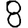
Digit: 8